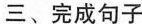
三、完成句子